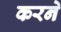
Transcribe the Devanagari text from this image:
करनेे